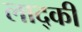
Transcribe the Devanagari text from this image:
लाद्की